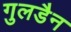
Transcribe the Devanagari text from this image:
गुलडैन